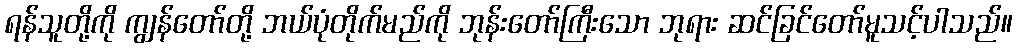
ရန်သူတို့ကို ကျွန်တော်တို့ ဘယ်ပုံတိုက်မည်ကို ဘုန်းတော်ကြီးသော ဘုရား ဆင်ခြင်တော်မူသင့်ပါသည်။